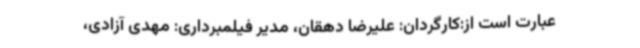
عبارت است از:کارگردان: علیرضا دهقان، مدیر فیلمبرداری: مهدی آزادی،